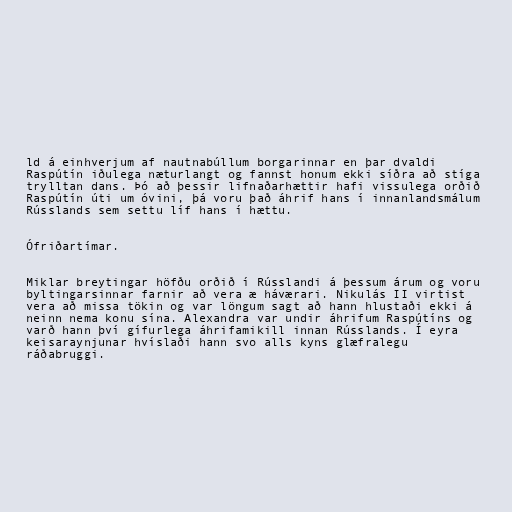
ld á einhverjum af nautnabúllum borgarinnar en þar dvaldi
Raspútín iðulega næturlangt og fannst honum ekki síðra að stíga
trylltan dans. Þó að þessir lifnaðarhættir hafi vissulega orðið
Raspútín úti um óvini, þá voru það áhrif hans í innanlandsmálum
Rússlands sem settu líf hans í hættu.

Ófriðartímar.

Miklar breytingar höfðu orðið í Rússlandi á þessum árum og voru
byltingarsinnar farnir að vera æ háværari. Nikulás II virtist
vera að missa tökin og var löngum sagt að hann hlustaði ekki á
neinn nema konu sína. Alexandra var undir áhrifum Raspútíns og
varð hann því gífurlega áhrifamikill innan Rússlands. Í eyra
keisaraynjunar hvíslaði hann svo alls kyns glæfralegu
ráðabruggi.